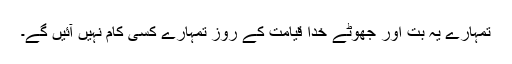
تمہارے یہ بت اور جھوٹے خدا قیامت کے روز تمہارے کسی کام نہیں آئیں گے۔